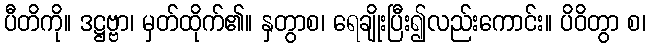
ပီတိကို။ ဒဋ္ဌဗ္ဗာ၊ မှတ်ထိုက်၏။ နှတွာစ၊ ရေချိုးပြီး၍လည်းကောင်း။ ပိဝိတွာ စ၊